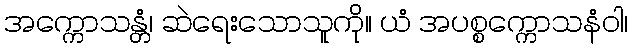
အက္ကောသန္တံ၊ ဆဲရေးသောသူကို။ ယံ အပစ္စက္ကောသနံဝါ၊